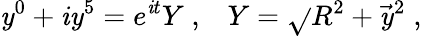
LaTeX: \mathit{y}^{0}+\mathit{i}\mathit{y}^{5}=e^{\mathit{i}t}Y\; ,\; \; \; Y=\sqrt{}{{R^{2}+\vec{{\mathit{y}}}{}^{2}}}\; ,